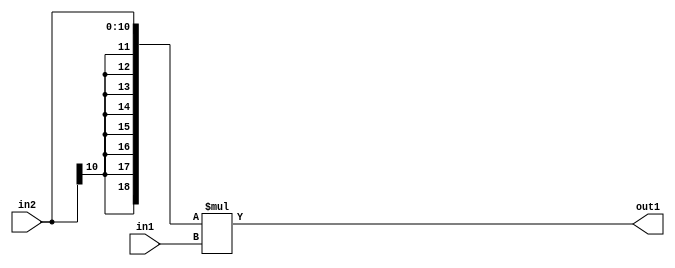
`timescale 1ps / 1ps
/*****************************************************************************
    Verilog RTL Description
    
    
    Created by: Stratus DpOpt 2019.1.01 
*******************************************************************************/

module SobelFilter_Mul_11Sx8U_19S_1 (
	in2,
	in1,
	out1
	); /* architecture "behavioural" */ 
input [10:0] in2;
input [7:0] in1;
output [18:0] out1;
wire [18:0] asc001;

assign asc001 = 
	+({{8{in2[10]}}, in2} * in1);

assign out1 = asc001;
endmodule

/* CADENCE  ubPySg4= : u9/ySgnWtBlWxVPRXgAZ4Og= ** DO NOT EDIT THIS LINE ******/